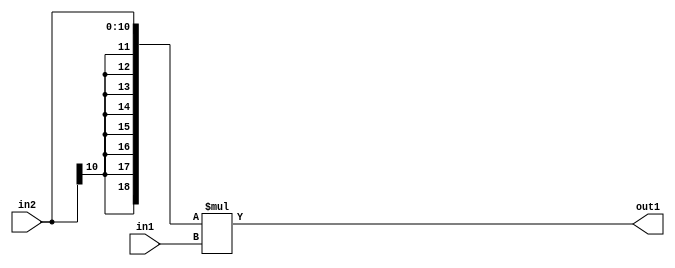
`timescale 1ps / 1ps
/*****************************************************************************
    Verilog RTL Description
    
    
    Created by: Stratus DpOpt 2019.1.01 
*******************************************************************************/

module SobelFilter_Mul_11Sx8U_19S_1 (
	in2,
	in1,
	out1
	); /* architecture "behavioural" */ 
input [10:0] in2;
input [7:0] in1;
output [18:0] out1;
wire [18:0] asc001;

assign asc001 = 
	+({{8{in2[10]}}, in2} * in1);

assign out1 = asc001;
endmodule

/* CADENCE  ubPySg4= : u9/ySgnWtBlWxVPRXgAZ4Og= ** DO NOT EDIT THIS LINE ******/